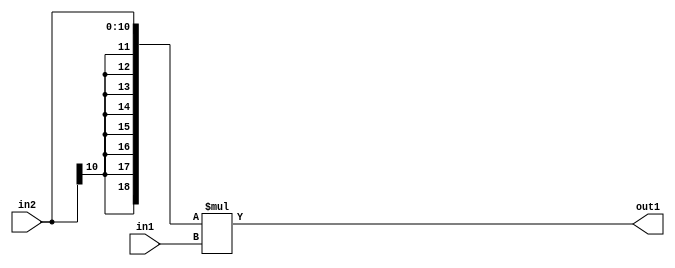
`timescale 1ps / 1ps
/*****************************************************************************
    Verilog RTL Description
    
    
    Created by: Stratus DpOpt 2019.1.01 
*******************************************************************************/

module SobelFilter_Mul_11Sx8U_19S_1 (
	in2,
	in1,
	out1
	); /* architecture "behavioural" */ 
input [10:0] in2;
input [7:0] in1;
output [18:0] out1;
wire [18:0] asc001;

assign asc001 = 
	+({{8{in2[10]}}, in2} * in1);

assign out1 = asc001;
endmodule

/* CADENCE  ubPySg4= : u9/ySgnWtBlWxVPRXgAZ4Og= ** DO NOT EDIT THIS LINE ******/